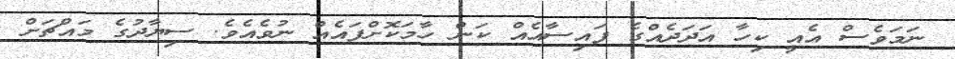
ނަމަވެސް އެއީ ކިހާ އަދަދެއްގެ ފައިސާއެއް ކަން ހާމަކޮށްފައެއް ނުވެއެވެ. ސިޔާދުގެ މައްޗަށް